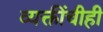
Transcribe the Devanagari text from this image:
व्यक्तींचीही